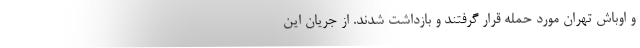
و اوباش تهران مورد حمله قرار گرفتند و بازداشت شدند. از جریان این